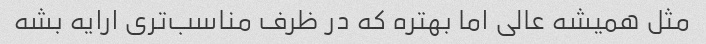
مثل همیشه عالی اما بهتره که در ظرف مناسب‌تری ارایه بشه